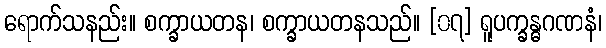
ရောက်သနည်း။ စက္ခာယတန၊ စက္ခာယတနသည်။ [၀၇] ရူပက္ခန္ဓဂဏနံ၊